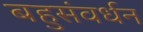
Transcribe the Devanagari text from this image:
बहुसंवर्धन